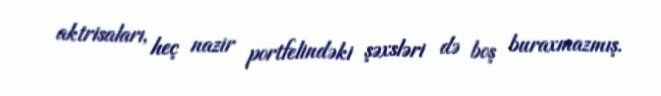
aktrisaları, heç nazir portfelindəki şəxsləri də boş buraxmazmış.